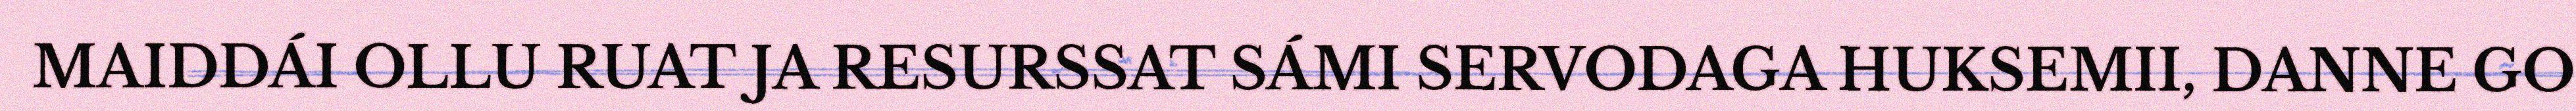
MAIDDÁI OLLU RUAT JA RESURSSAT SÁMI SERVODAGA HUKSEMII, DANNE GO